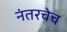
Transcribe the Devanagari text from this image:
नंतरचेच